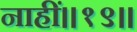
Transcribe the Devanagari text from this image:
नाहीं॥१९॥